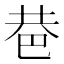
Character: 𢀼